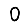
Digit: 0